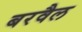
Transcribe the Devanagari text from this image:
बरवैल